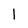
Character: l